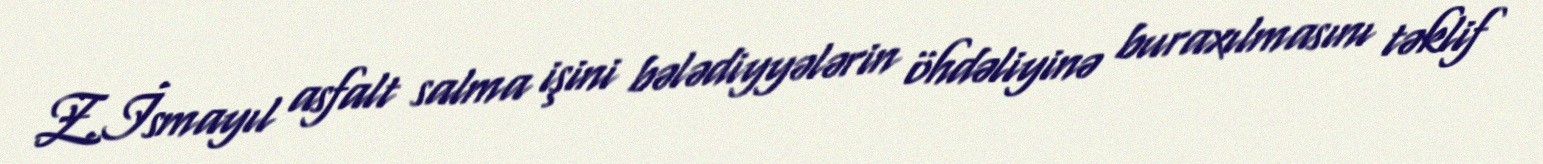
Z.İsmayıl asfalt salma işini bələdiyyələrin öhdəliyinə buraxılmasını təklif